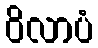
ဝိလာပံ